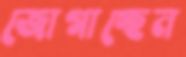
জোগাচ্ছেন